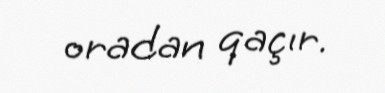
oradan qaçır.